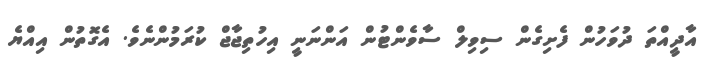
އާދީއްތަ ދުވަހުން ފެށިގެން ސިވިލް ސާވެންޓުން އަންނަނީ އިހުތިޖާޖް ކުރަމުންނެވެ. އެގޮތުން އިއްޔެ